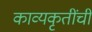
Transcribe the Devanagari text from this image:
काव्यकृतींची